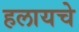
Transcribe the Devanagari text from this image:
हलायचे